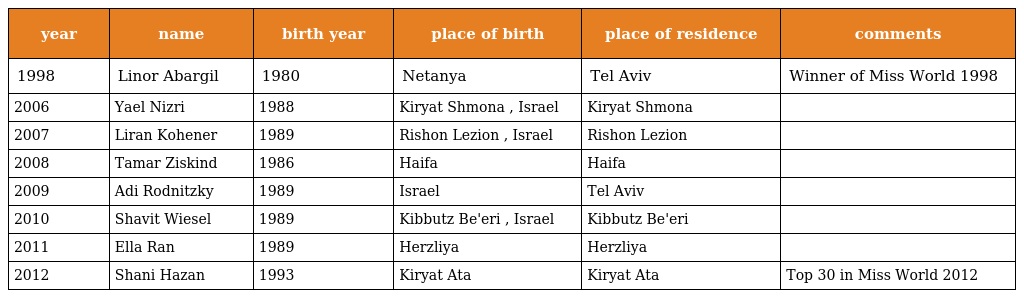
| year | name | birth year | place of birth | place of residence | comments |
 | --- | --- | --- | --- | --- | --- |
 | 1998 | Linor Abargil | 1980 | Netanya | Tel Aviv | Winner of Miss World 1998 |
 | 2006 | Yael Nizri | 1988 | Kiryat Shmona , Israel | Kiryat Shmona |  |
 | 2007 | Liran Kohener | 1989 | Rishon Lezion , Israel | Rishon Lezion |  |
 | 2008 | Tamar Ziskind | 1986 | Haifa | Haifa |  |
 | 2009 | Adi Rodnitzky | 1989 | Israel | Tel Aviv |  |
 | 2010 | Shavit Wiesel | 1989 | Kibbutz Be'eri , Israel | Kibbutz Be'eri |  |
 | 2011 | Ella Ran | 1989 | Herzliya | Herzliya |  |
 | 2012 | Shani Hazan | 1993 | Kiryat Ata | Kiryat Ata | Top 30 in Miss World 2012 |